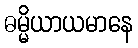
ဓမ္မိယာယမာနေ